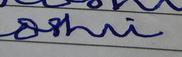
Signature authenticity: forged